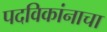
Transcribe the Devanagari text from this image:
पदविकांनाचा